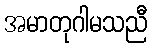
အမာတုဂါမသညီ